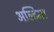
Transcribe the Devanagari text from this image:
अल्टिमा